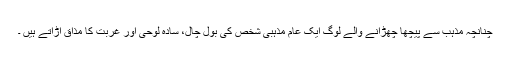
چنانچہ مذہب سے پیچھا چھڑانے والے لوگ ایک عام مذہبی شخص کی بول چال، سادہ لوحی اور غربت کا مذاق اڑاتے ہیں ۔